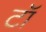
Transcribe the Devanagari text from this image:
टॉ